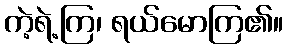
ကဲ့ရဲ့ကြ၊ ရယ်မောကြ၏။